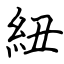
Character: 紐